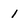
Character: 1